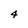
Character: 4